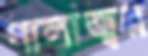
পালাজ্বর